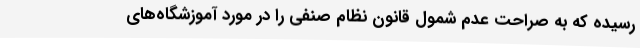
رسیده که به صراحت‌ عدم شمول قانون نظام صنفی را در مورد آموزشگاه‌های